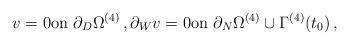
LaTeX: \begin{align*}v=0 \hbox{on }\partial_D \Omega^{(4)}\,,\partial_W v = 0 \hbox{on }\partial_N \Omega^{(4)} \cup\Gamma^{(4)}(t_0)\,,\end{align*}